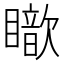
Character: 𥋵